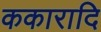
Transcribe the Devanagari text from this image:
ककारादि